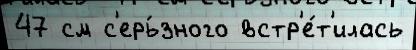
47 см с'ерь́зного встр'е́т'илась